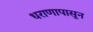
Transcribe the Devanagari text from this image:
धराणापासून